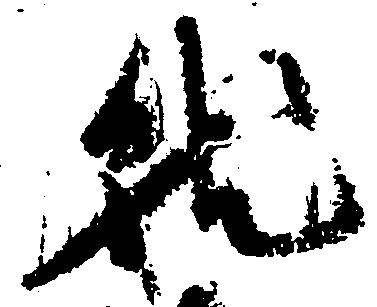
就